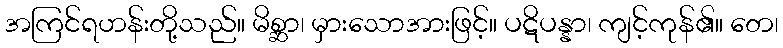
အကြင်ရဟန်းတို့သည်။ မိစ္ဆာ၊ မှားသောအားဖြင့်။ ပဋိပန္နာ၊ ကျင့်ကုန်၏။ တေ၊